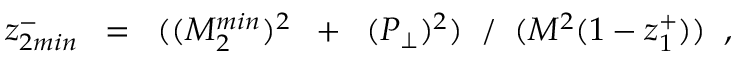
z _ { 2 m i n } ^ { - } \; \; = \; \; ( ( M _ { 2 } ^ { m i n } ) ^ { 2 } \; \; + \; \; ( P _ { \perp } ) ^ { 2 } ) \; \; / \; \; ( M ^ { 2 } ( 1 - z _ { 1 } ^ { + } ) ) \; \; ,